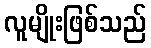
လူမျိုးဖြစ်သည်